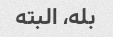
بله، البته